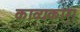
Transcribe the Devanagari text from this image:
काव्यकार्।